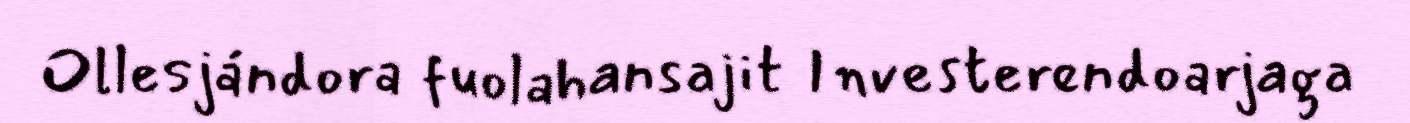
Ollesjándora fuolahansajit Investerendoarjaga